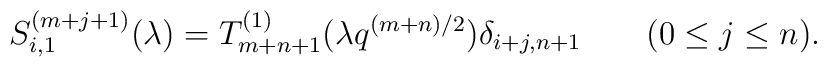
S^{(m+j+1)}_{i,1} (\lambda) =T^{(1)}_{m+n+1}(\lambda q^{(m+n)/2})  \delta_{i+j, n+1} \qquad (0 \le j \le n).